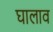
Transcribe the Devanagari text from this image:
घालाव